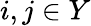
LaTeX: i,j\in Y